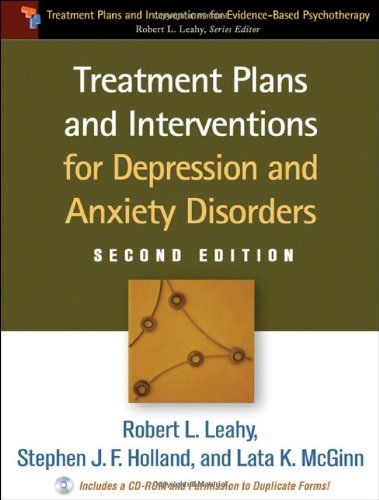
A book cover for Treatment Plans and Interventions for Depression and Anxiety Disorders, 2e (Treatment Plans and Interventions for Evidence-Based Psychot); Robert L. Leahy PhD; Health, Fitness & Dieting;